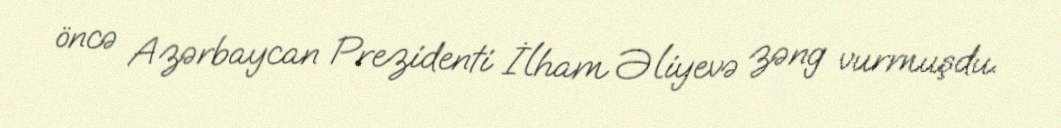
öncə Azərbaycan Prezidenti İlham Əliyevə zəng vurmuşdu.